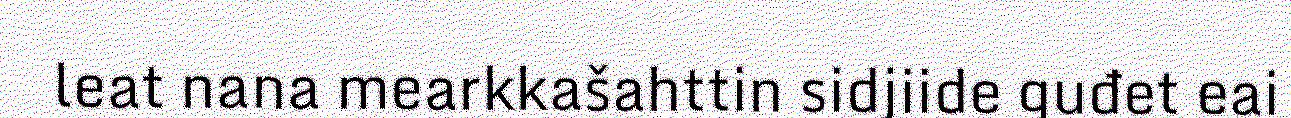
leat nana mearkkašahttin sidjiide guđet eai